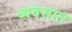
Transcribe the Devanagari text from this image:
व्यवसात